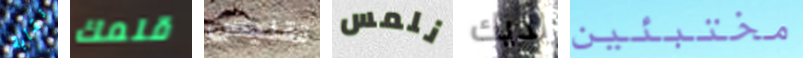
نقابة قلمك تقليص نلمس لديك مختبئين